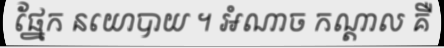
ផ្នែក នយោបាយ ។ អំណាច កណ្តាល គឺ